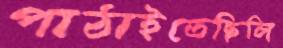
পাঠাইতেছিলি